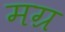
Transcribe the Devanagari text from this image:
मग्र